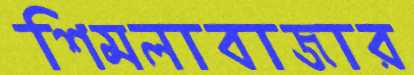
শিমলাবাজার